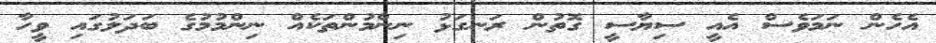
އެހެން ނަމަވެސް އެއީ ސިޔާސީ ގޮތުން ރަނގަޅު ނިންމުންތަކެއް ނިންމުމުގެ ބަދަލުގައި ވީހާ